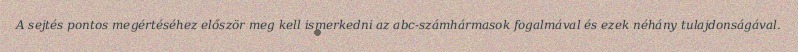
A sejtés pontos megértéséhez először meg kell ismerkedni az abc-számhármasok fogalmával és ezek néhány tulajdonságával.